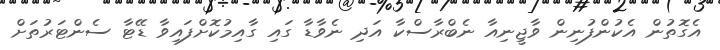
އެގޮތުން އެކުންފުނިން ވާޖީނިއާ ނެބްރާސްކާ އަދި ނެވާޑާ ގައި ގާއިމުކޮށްފައިވާ ޑޭޓާ ސެންޓަރުތަށް